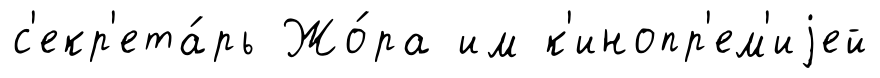
с'екр'ета́рь Жо́ра им к'инопр'ем'иjей